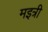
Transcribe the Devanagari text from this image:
मइत्री